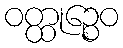
ဝတ္ထုဉ္စေဝ